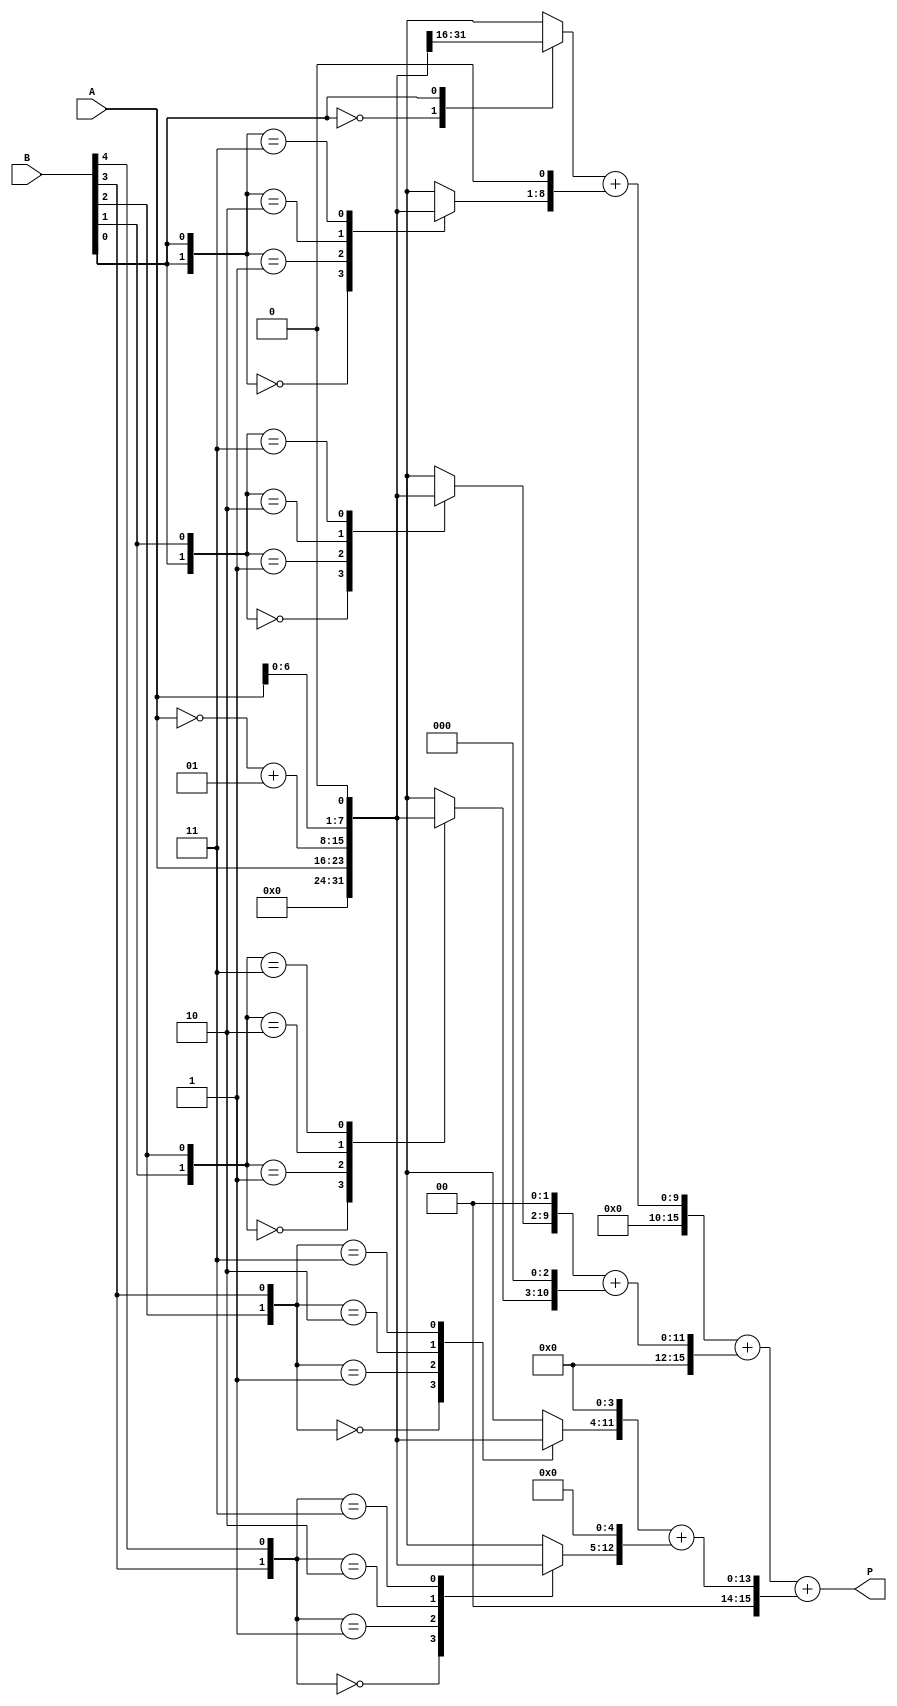
module booth_multiplier #(parameter N = 8)(
    input signed [N-1:0] A,  // Multiplicand
    input signed [N-1:0] B,  // Multiplier
    output signed [2*N-1:0] P // Product
);
    
    // Internal signals
    wire [N-1:0] partial_products[0:N]; // Partial products
    wire [2*N-1:0] pp_reg[0:N]; // Shifted partial products
    wire [2*N-1:0] sum_reg[0:N]; // Intermediate sums

    // Booth Encoding Logic
    reg [1:0] B_reg; // Register to hold the previous bit of B
    integer i;

    always @(*) begin
        B_reg = {1'b0, B[0]}; // Initialize with 0 for the lower bit
        for (i = 0; i < N; i = i + 1) begin
            case (B_reg)
                2'b00: partial_products[i] = 0; // 0
                2'b01: partial_products[i] = A; // A
                2'b10: partial_products[i] = ~A + 1; // -A
                2'b11: partial_products[i] = A << 1; // 2A
            endcase
            B_reg = {B_reg[0], B[i]}; // Shift the B_reg
        end
    end

    // Generating shifted partial products
    genvar j;
    generate
        for (j = 0; j < N; j = j + 1) begin : generate_partial_products
            assign pp_reg[j] = partial_products[j] << j; // Left shift based on Booth encoding
        end
    endgenerate

    // Wallace Tree Reduction
    wire [N:0] carry;
    wire [2*N-1:0] final_sum;

    // Simple Wallace Tree structure - can be expanded for more levels as needed
    assign sum_reg[0] = pp_reg[0] + pp_reg[1];
    assign sum_reg[1] = pp_reg[2] + pp_reg[3];
    assign sum_reg[2] = pp_reg[4] + pp_reg[5];
    // Additional levels could be added as needed

    // Final summation (for simplicity, only two levels are shown)
    assign final_sum = sum_reg[0] + sum_reg[1] + sum_reg[2];

    // Assign final product
    assign P = final_sum;

endmodule